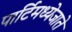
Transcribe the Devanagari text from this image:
पार्टिमध्येजाते